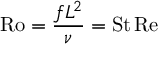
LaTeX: \mathrm { R o } = { \frac { f L ^ { 2 } } { \nu } } = \mathrm { S t } \, \mathrm { R e }